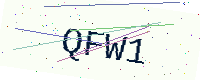
Text: QFW1